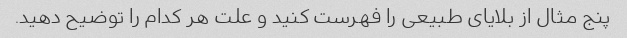
پنج مثال از بلایای طبیعی را فهرست کنید و علت هر کدام را توضیح دهید.